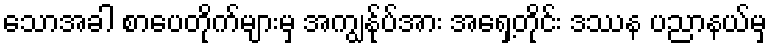
သောအခါ စာပေတိုက်များမှ အကျွန်ုပ်အား အရှေ့တိုင်း ဒဿန ပညာနယ်မှ